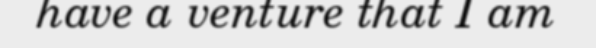
have a venture that I am